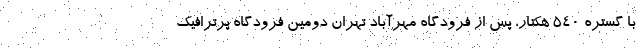
با گستره ۵۴۰ هکتار، پس از فرودگاه مهرآباد تهران دومین فرودگاه پرترافیک